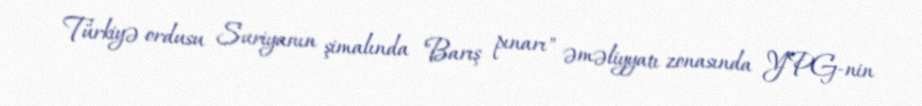
Türkiyə ordusu Suriyanın şimalında "Barış pınarı" əməliyyatı zonasında YPG-nin